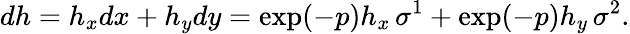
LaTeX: dh=h_{x}dx+h_{y}dy=\exp(-p)h_{x}\, \sigma^{1}+\exp(-p)h_{y}\, \sigma^{2}.